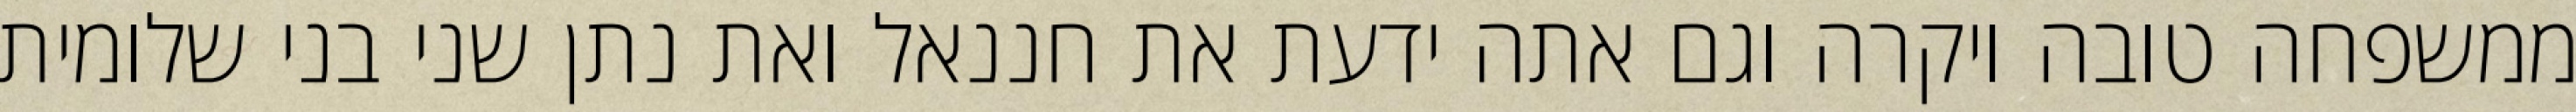
ממשפחה טובה ויקרה וגם אתה ידעת את חננאל ואת נתן שני בני שלומית